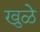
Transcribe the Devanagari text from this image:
खुळे